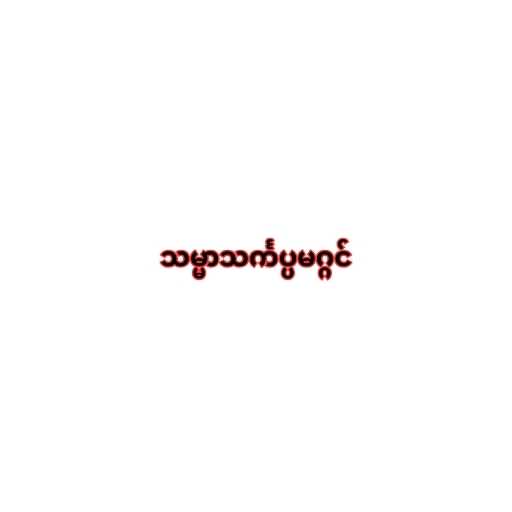
သမ္မာသင်္ကပ္ပမဂ္ဂင်